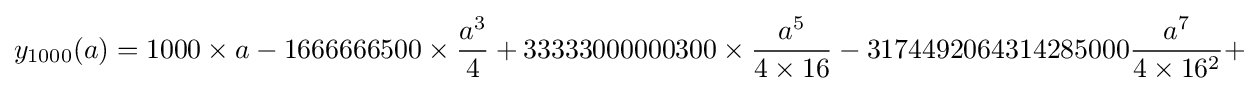
y_{1000}(a)=1000\times a-1666666500\times {\frac {a^{3}}{4}}+33333000000300\times {\frac {a^{5}}{4\times 16}}-3174492064314285000{\frac {a^{7}}{4\times 16^{2}}}+